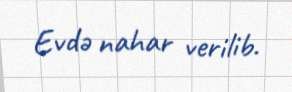
Evdə nahar verilib.